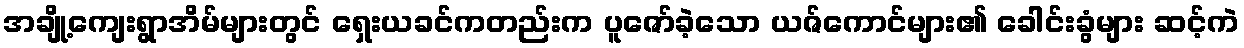
အချို့ကျေးရွာအိမ်များတွင် ရှေးယခင်ကတည်းက ပူဇော်ခဲ့သော ယဇ်ကောင်များ၏ ခေါင်းခွံများ ဆင့်ကဲ